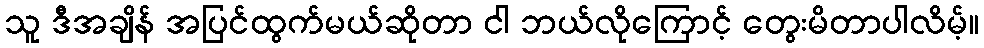
သူ ဒီအချိန် အပြင်ထွက်မယ်ဆိုတာ ငါ ဘယ်လိုကြောင့် တွေးမိတာပါလိမ့်။